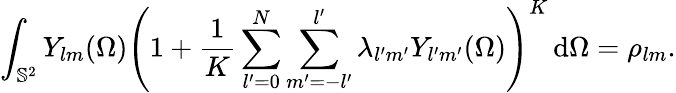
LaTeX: \int_{\mathbb{S}^{2}}Y_{lm}(\Omega)\left(1+\frac{1}{K}\sum_{l^{\prime}=0}^{N}\sum_{m^{\prime}=-l^{\prime}}^{l^{\prime}}\lambda_{l^{\prime}m^{\prime}}Y_{l^{\prime}m^{\prime}}(\Omega)\right)^{K}\, \mathrm{d}\Omega=\rho_{lm}.